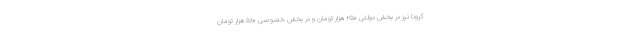
کرونا نیز در بخش دولتی ۲۵۰ هزار تومان و در بخش خصوصی ۵۸۰ هزار تومان